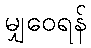
မျှဝေရန်